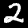
Label: 2